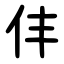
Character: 仹